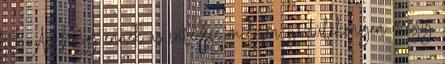
stb Az, hogy ennek az intézése milyen gördülékenyen megy